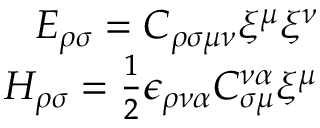
\begin{array} { r } { E _ { \rho \sigma } = C _ { \rho \sigma \mu \nu } \xi ^ { \mu } \xi ^ { \nu } } \\ { H _ { \rho \sigma } = \frac { 1 } { 2 } \epsilon _ { \rho \nu \alpha } C _ { \sigma \mu } ^ { \nu \alpha } \xi ^ { \mu } } \end{array}